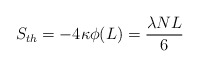
\begin{align*}S_{th}=-4\kappa\phi (L)={\lambda N L\over 6}\end{align*}